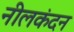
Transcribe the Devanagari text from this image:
नीलकंदन